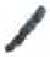
אות: ,